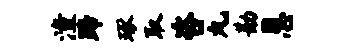
潼蹄琢取咨丸勘恩